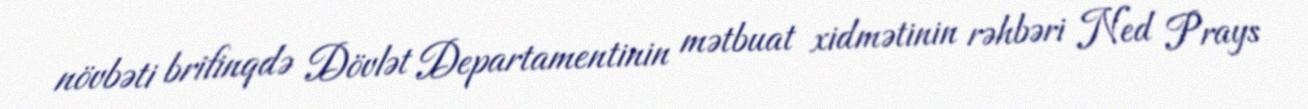
növbəti brifinqdə Dövlət Departamentinin mətbuat xidmətinin rəhbəri Ned Prays